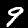
Label: 9